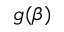
g ( \beta )